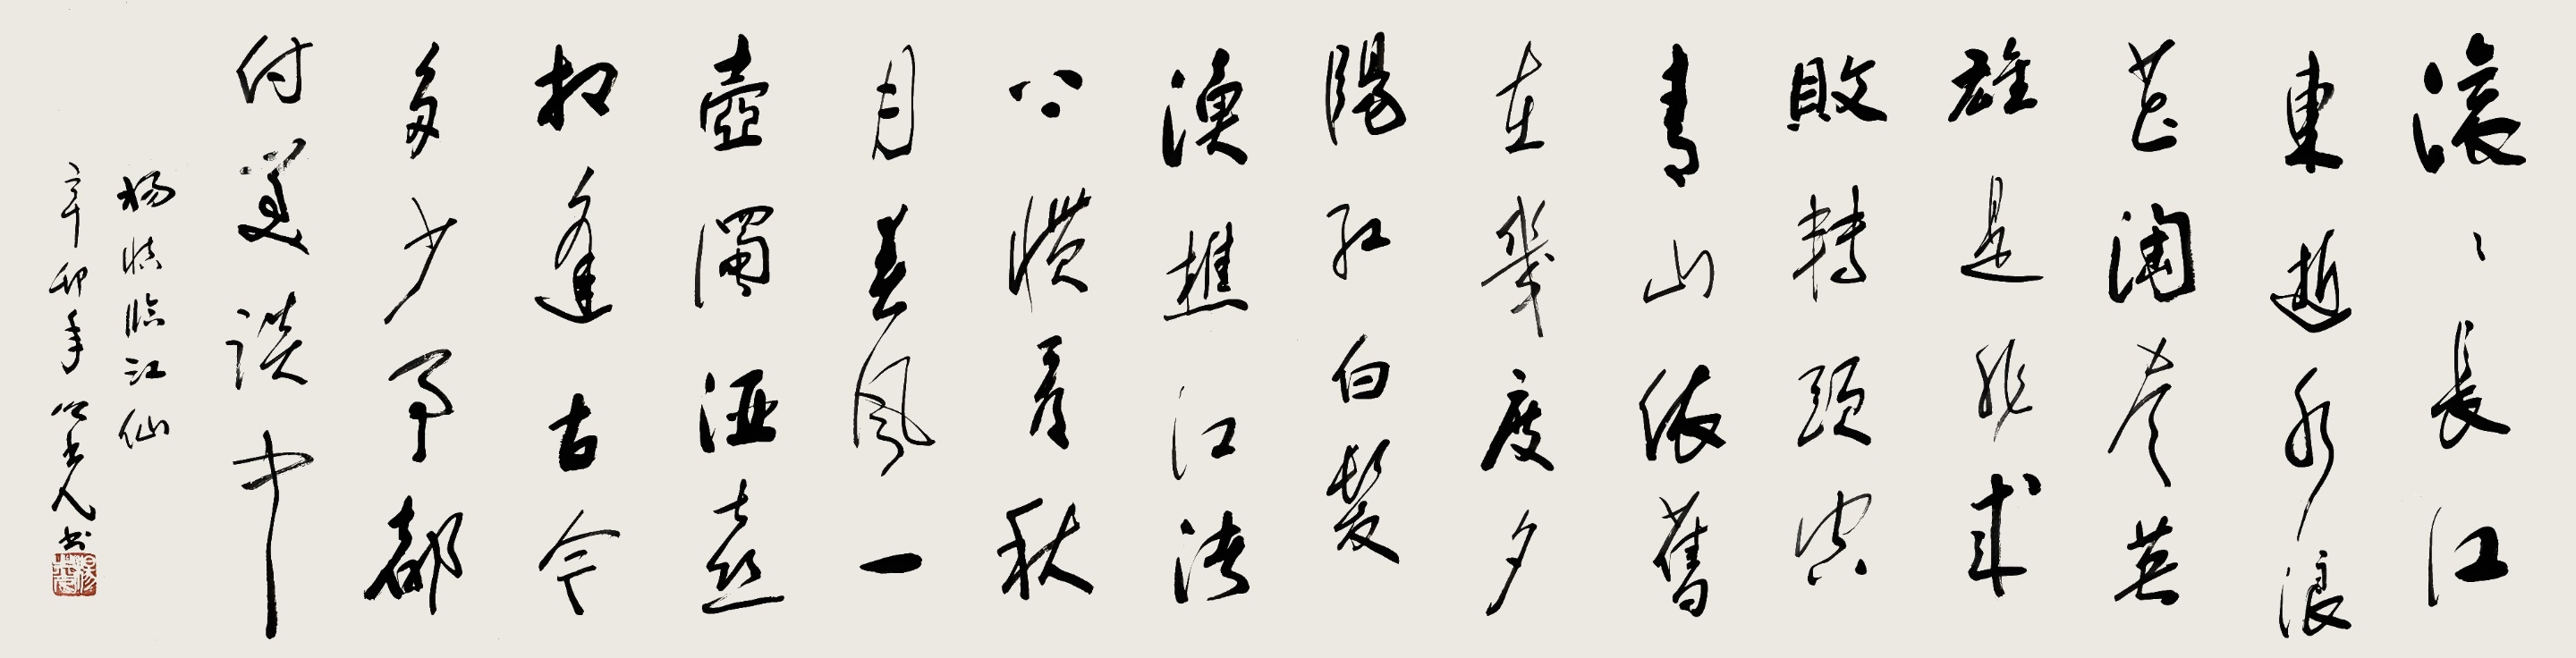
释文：滚滚长江东逝水，浪花淘尽英雄。是非成败转头空。青山依旧在，几度夕阳红。白发渔樵江渚上，惯看秋月春风。一壶浊酒喜相逢。古今多少事，都付笑谈中。杨慎临江仙。辛卯年之光书。